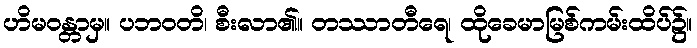
ဟိမဝန္တာမှ။ ပဘဝတိ၊ စီးလာ၏။ တဿာတီရေ၊ ထိုခေမာမြစ်ကမ်းထိပ်၌။